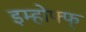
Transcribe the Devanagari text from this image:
इम्होफ्फ्